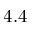
4 . 4